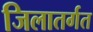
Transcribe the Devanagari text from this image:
जिलातर्गत